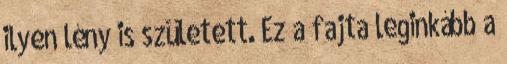
ilyen lény is született. Ez a fajta leginkább a